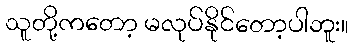
သူတို့ကတော့ မလုပ်နိုင်တော့ပါဘူး။